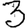
Digit: 3